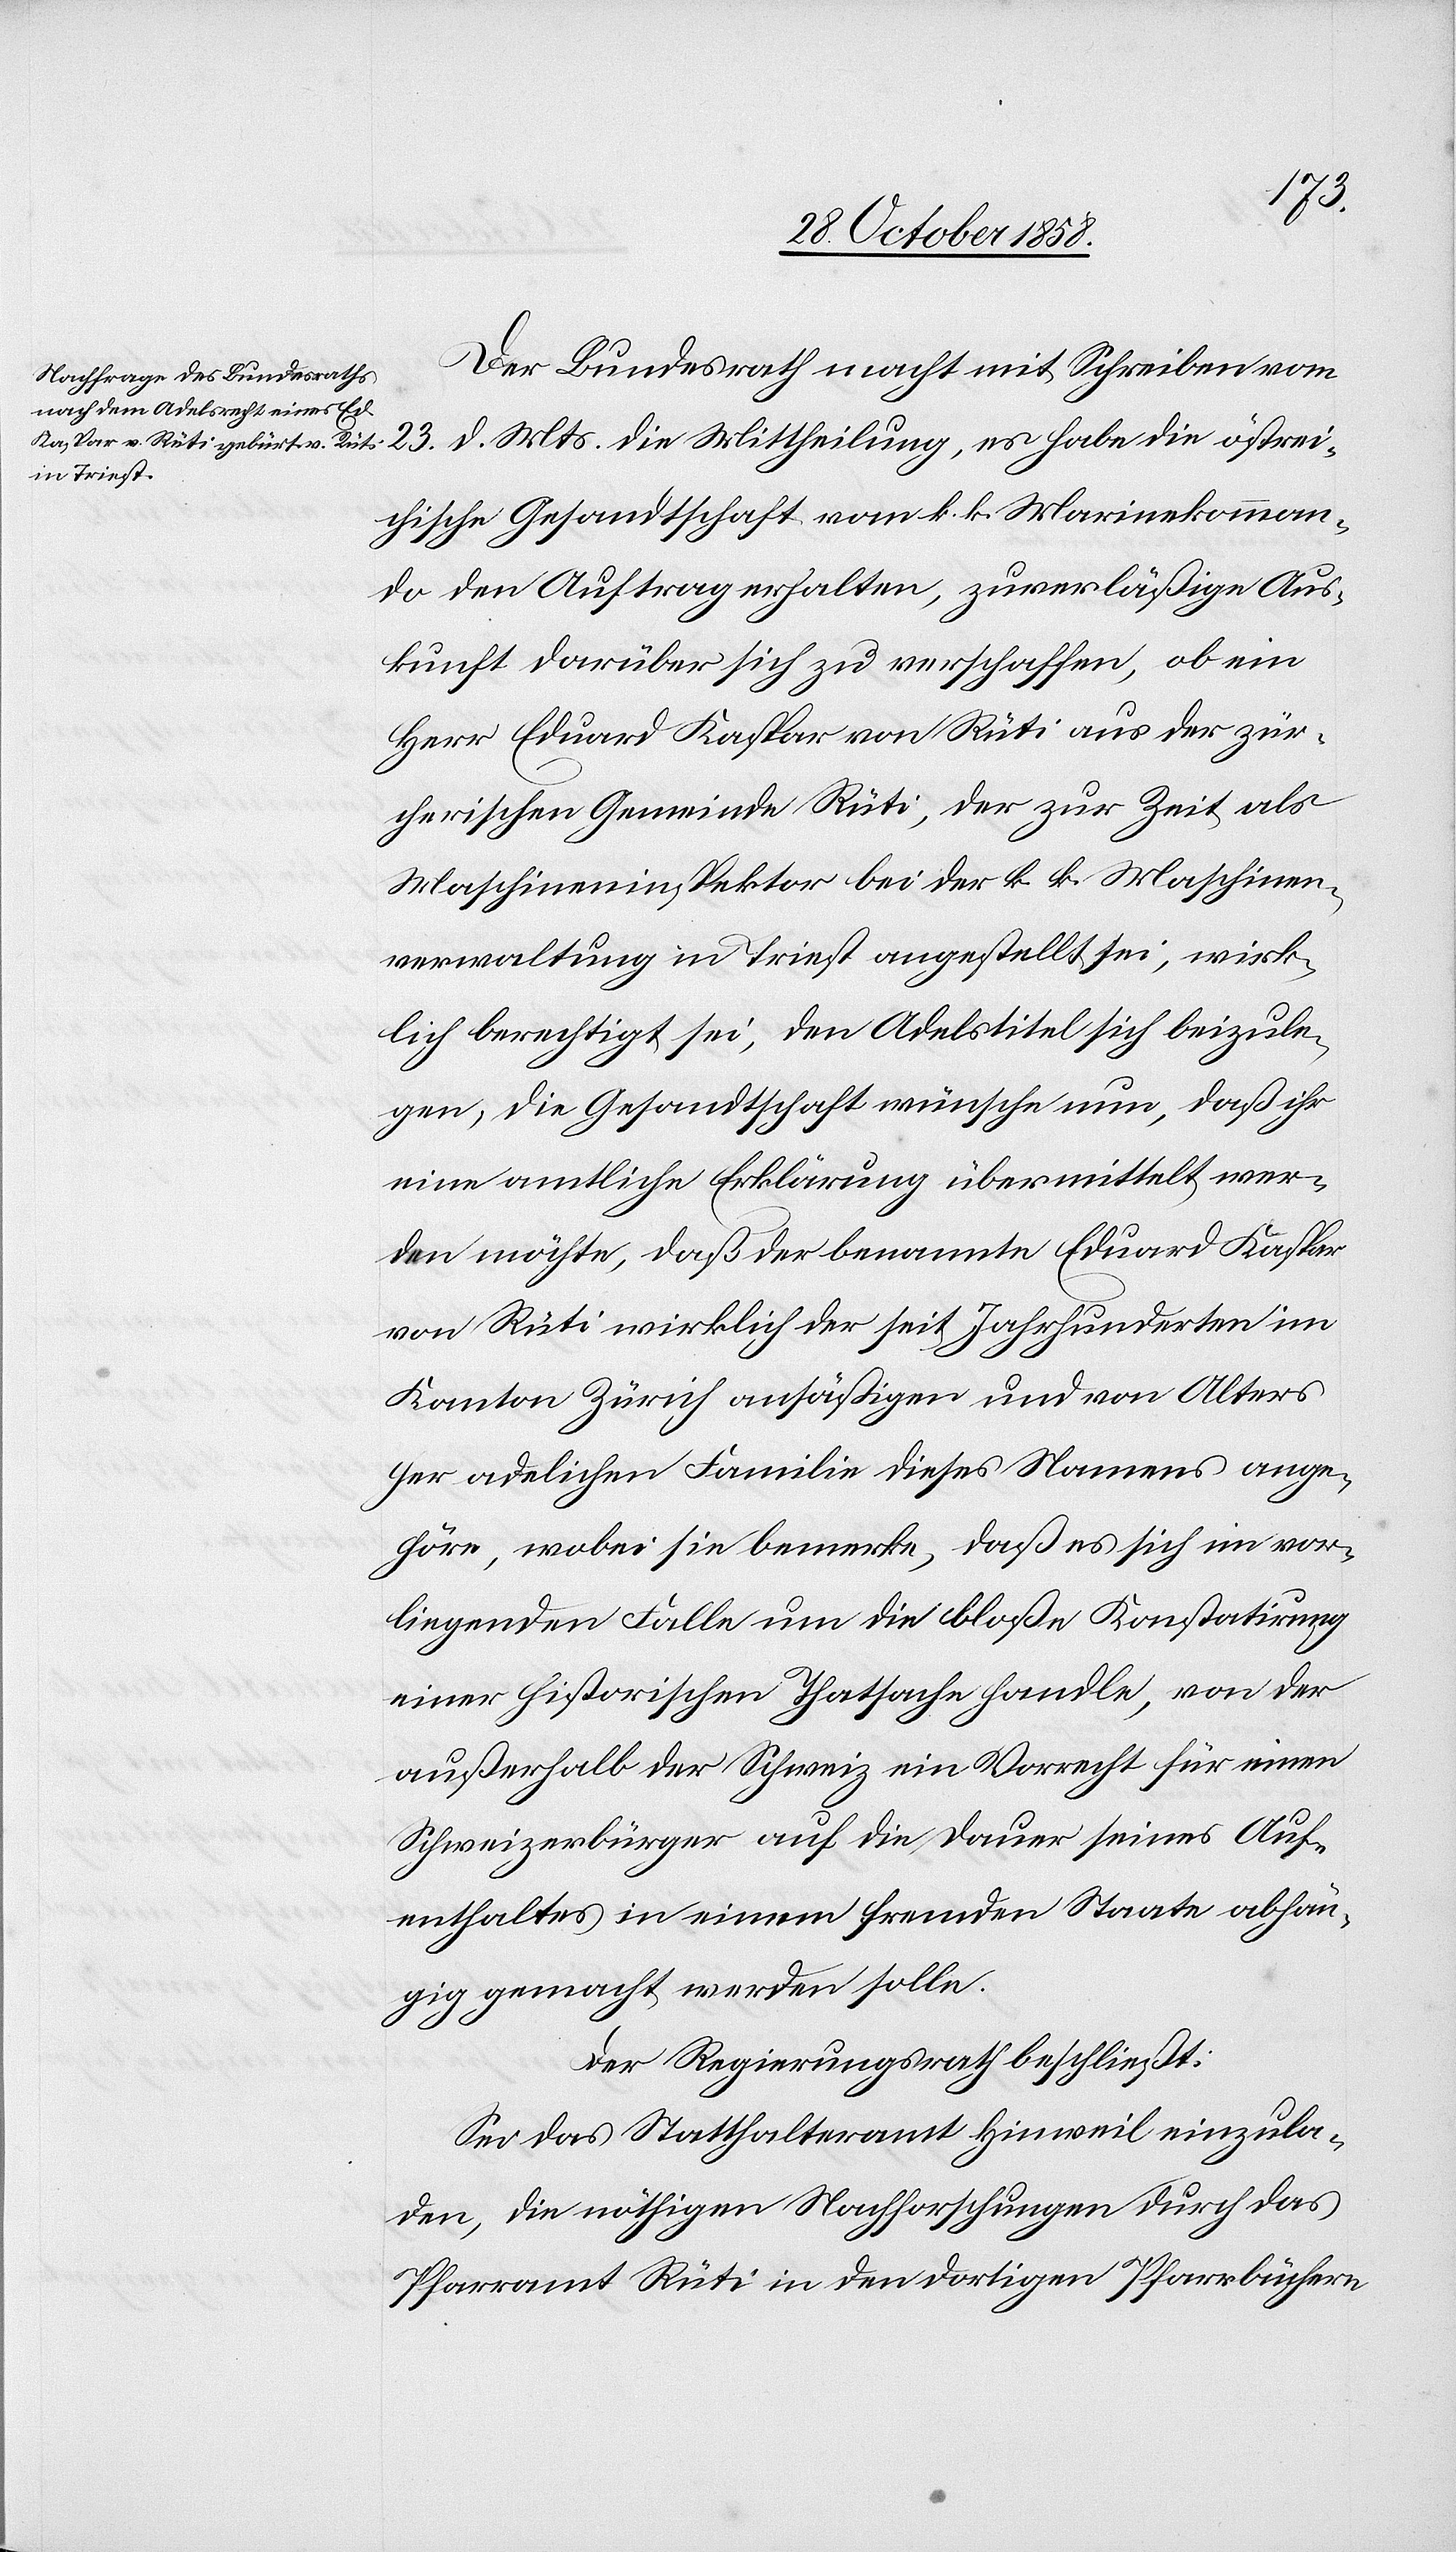
Der Bundesrath macht mit Schreiben vom
d. Mts. die Mittheilung, es habe die östrei¬
23.
chische Gesandtschaft vom k. k. Marinekomman¬
do den Auftrag erhalten, zuverläßige Aus¬
kunft darüber sich zu verschaffen, ob ein
Herr Eduard Kaspar von Rüti aus der zür¬
cherischen Gemeinde Rüti, der zur Zeit als
Maschineninspektor bei der k. k. Maschinen¬
verwaltung in Triest angestellt sei, wirk¬
lich berechtigt sei, den Adelstitel sich beizule¬
gen; die Gesandtschaft wünsche nun, daß ihr
eine amtliche Erklärung übermittelt wer¬
den möchte, daß der benannte Eduard Kaspar
von Rüti wirklich der seit Jahrhunderten im
Kanton Zürich ansäßigen und von Alters
her adelichen Familie dieses Namens ange¬
höre, wobei sie bemerke, daß es sich im vor¬
liegenden Falle um die bloße Konstatirung
einer historischen Thatsache handle, von der
außerhalb der Schweiz ein Vorrecht für einen
Schweizerbürger auf die Dauer seines Auf¬
enthaltes in einem fremden Staate abhän¬
gig gemacht werden solle.
Der Regierungsrath beschließt:
Sei das Statthalteramt Hinweil einzula¬
den, die nöthigen Nachforschungen durch das
Pfarramt Rüti in den dortigen Pfarrbüchern